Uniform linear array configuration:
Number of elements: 48
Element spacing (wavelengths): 0.5
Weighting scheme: uniform
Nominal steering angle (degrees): -45
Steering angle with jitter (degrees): -45.4
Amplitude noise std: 0.05
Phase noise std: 0.05

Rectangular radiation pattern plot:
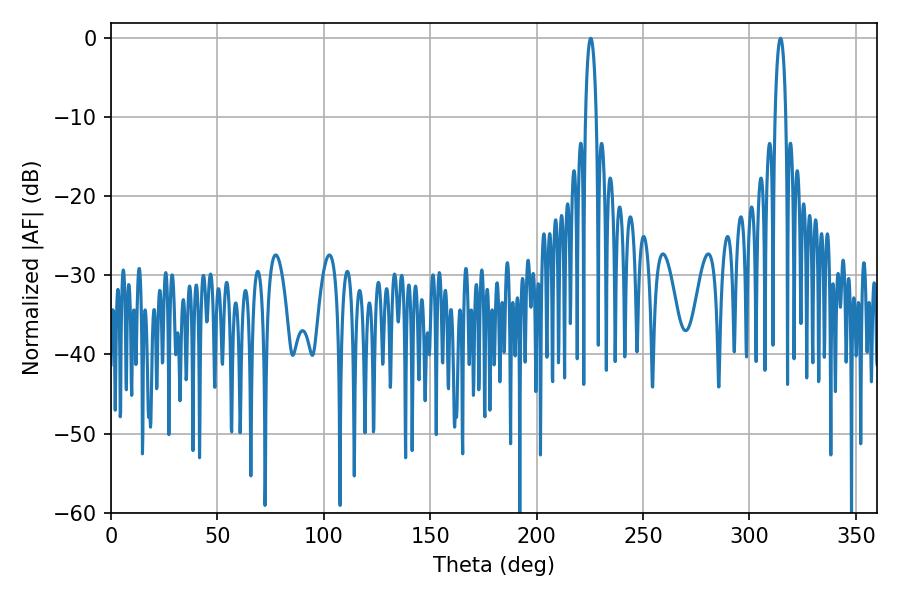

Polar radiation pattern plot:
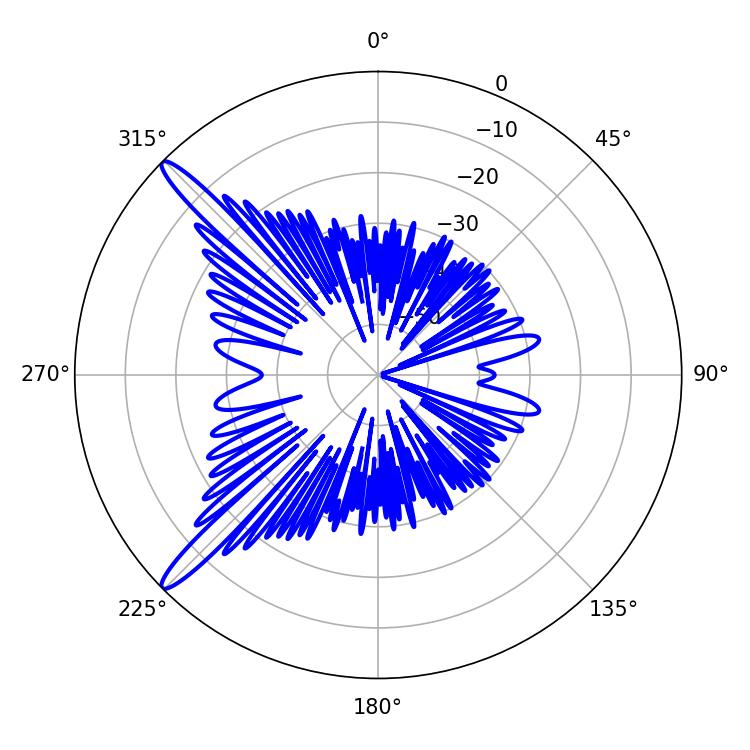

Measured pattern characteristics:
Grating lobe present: FALSE
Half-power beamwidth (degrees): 2.7
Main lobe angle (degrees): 225.36